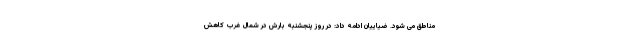
مناطق می شود. ضیاییان ادامه داد: در روز پنجشنبه بارش در شمال غرب کاهش